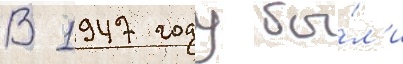
В 1947 году бы́л'и